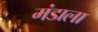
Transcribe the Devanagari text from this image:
मंडाला